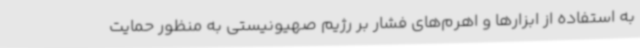
به استفاده از ابزارها و اهرم‌های فشار بر رژیم صهیونیستی به منظور حمایت